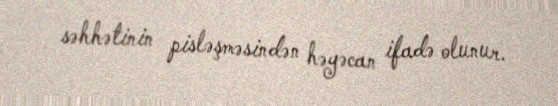
səhhətinin pisləşməsindən həyəcan ifadə olunur.